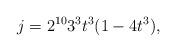
LaTeX: \begin{align*}j = 2^{10} 3^3 t^3 (1 - 4t^3),\end{align*}